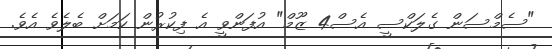
"ސެމްސަން ގެލަކްސީ އެސް4 ޒޫމް" އުފަންވީ އެ ފިކުރުން ކަމަށް ބެލެވެ އެވެ.